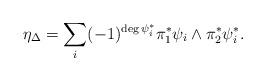
LaTeX: \begin{align*} \eta_{\Delta} = \sum_i (-1)^{\deg \psi_i^*} \pi_1^* \psi_i \wedge \pi_2^* \psi_i^*. \end{align*}